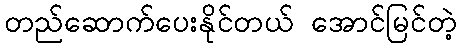
တည်ဆောက်ပေးနိုင်တယ် အောင်မြင်တဲ့